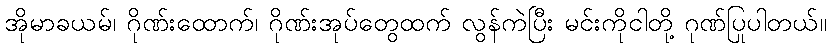
အိုမာခယမ်၊ ဂိုဏ်းထောက်၊ ဂိုဏ်းအုပ်တွေထက် လွန်ကဲပြီး မင်းကိုငါတို့ ဂုဏ်ပြုပါတယ်။